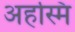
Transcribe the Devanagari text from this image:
अहस्मि